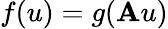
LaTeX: f(u)=g(\mathbf{A}u)